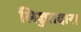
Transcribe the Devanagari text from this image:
लिज्जतदार।